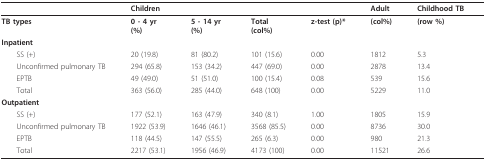
<table><thead><tr><td></td><td colspan="3"><b>Children</b></td><td></td><td><b>Adult</b></td><td><b>Childhood TB</b></td></tr></thead><tbody><tr><td><b>TB types</b></td><td><b>0 - 4 yr</b><b>(%)</b></td><td><b>5 - 14 yr</b><b>(%)</b></td><td><b>Total</b><b>(col%)</b></td><td><b>z-test (p)*</b></td><td><b>(col%)</b></td><td><b>(row %)</b></td></tr><tr><td><b>Inpatient</b></td><td></td><td></td><td></td><td></td><td></td><td></td></tr><tr><td> SS (+)</td><td>20 (19.8)</td><td>81 (80.2)</td><td>101 (15.6)</td><td>0.00</td><td>1812</td><td>5.3</td></tr><tr><td> Unconfirmed pulmonary TB</td><td>294 (65.8)</td><td>153 (34.2)</td><td>447 (69.0)</td><td>0.00</td><td>2878</td><td>13.4</td></tr><tr><td> EPTB</td><td>49 (49.0)</td><td>51 (51.0)</td><td>100 (15.4)</td><td>0.08</td><td>539</td><td>15.6</td></tr><tr><td> Total</td><td>363 (56.0)</td><td>285 (44.0)</td><td>648 (100)</td><td>0.00</td><td>5229</td><td>11.0</td></tr><tr><td><b>Outpatient</b></td><td></td><td></td><td></td><td></td><td></td><td></td></tr><tr><td> SS (+)</td><td>177 (52.1)</td><td>163 (47.9)</td><td>340 (8.1)</td><td>1.00</td><td>1805</td><td>15.9</td></tr><tr><td> Unconfirmed pulmonary TB</td><td>1922 (53.9)</td><td>1646 (46.1)</td><td>3568 (85.5)</td><td>0.00</td><td>8736</td><td>30.0</td></tr><tr><td> EPTB</td><td>118 (44.5)</td><td>147 (55.5)</td><td>265 (6.3)</td><td>0.00</td><td>980</td><td>21.3</td></tr><tr><td> Total</td><td>2217 (53.1)</td><td>1956 (46.9)</td><td>4173 (100)</td><td>0.00</td><td>11521</td><td>26.6</td></tr></tbody></table>